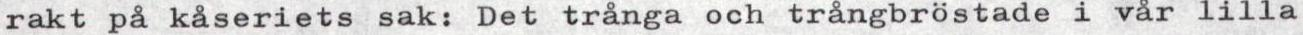
rakt på kåseriets sak: Det trånga och trångbröstade i vår lilla